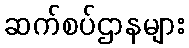
ဆက်စပ်ဌာနများ